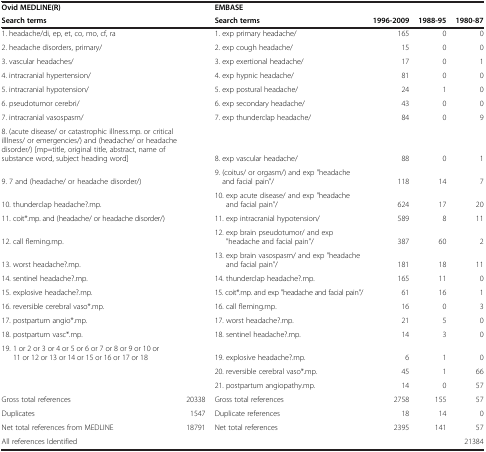
<table><thead><tr><td><b>Ovid MEDLINE(R)</b></td><td><b> </b></td><td><b>EMBASE</b></td><td><b> </b></td><td><b> </b></td><td><b> </b></td></tr><tr><td><b>Search terms</b></td><td><b> </b></td><td><b>Search terms</b></td><td><b>1996-2009</b></td><td><b>1988-95</b></td><td><b>1980-87</b></td></tr></thead><tbody><tr><td>1. headache/di, ep, et, co, mo, cf, ra</td><td> </td><td>1. exp primary headache/</td><td>165</td><td>0</td><td>0</td></tr><tr><td>2. headache disorders, primary/</td><td> </td><td>2. exp cough headache/</td><td>15</td><td>0</td><td>0</td></tr><tr><td>3. vascular headaches/</td><td> </td><td>3. exp exertional headache/</td><td>17</td><td>0</td><td>1</td></tr><tr><td>4. intracranial hypertension/</td><td> </td><td>4. exp hypnic headache/</td><td>81</td><td>0</td><td>0</td></tr><tr><td>5. intracranial hypotension/</td><td> </td><td>5. exp postural headache/</td><td>24</td><td>1</td><td>0</td></tr><tr><td>6. pseudotumor cerebri/</td><td> </td><td>6. exp secondary headache/</td><td>43</td><td>0</td><td>0</td></tr><tr><td>7. intracranial vasospasm/</td><td> </td><td>7. exp thunderclap headache/</td><td>84</td><td>0</td><td>9</td></tr><tr><td>8. (acute disease/ or catastrophic illness.mp. or critical illlness/ or emergencies/) and (headache/ or headache disorder/) [mp=title, original title, abstract, name of substance word, subject heading word]</td><td> </td><td>8. exp vascular headache/</td><td>88</td><td>0</td><td>1</td></tr><tr><td>9. 7 and (headache/ or headache disorder/)</td><td> </td><td>9. (coitus/ or orgasm/) and exp &quot;headache and facial pain&quot;/</td><td>118</td><td>14</td><td>7</td></tr><tr><td>10. thunderclap headache?.mp.</td><td> </td><td>10. exp acute disease/ and exp &quot;headache and facial pain&quot;/</td><td>624</td><td>17</td><td>20</td></tr><tr><td>11. coit*.mp. and (headache/ or headache disorder/)</td><td> </td><td>11. exp intracranial hypotension/</td><td>589</td><td>8</td><td>11</td></tr><tr><td>12. call fleming.mp.</td><td> </td><td>12. exp brain pseudotumor/ and exp &quot;headache and facial pain&quot;/</td><td>387</td><td>60</td><td>2</td></tr><tr><td>13. worst headache?.mp.</td><td> </td><td>13. exp brain vasospasm/ and exp &quot;headache and facial pain&quot;/</td><td>181</td><td>18</td><td>11</td></tr><tr><td>14. sentinel headache?.mp.</td><td> </td><td>14. thunderclap headache?.mp.</td><td>165</td><td>11</td><td>0</td></tr><tr><td>15. explosive headache?.mp.</td><td> </td><td>15. coit*.mp. and exp &quot;headache and facial pain&quot;/</td><td>61</td><td>16</td><td>1</td></tr><tr><td>16. reversible cerebral vaso*.mp.</td><td> </td><td>16. call fleming.mp.</td><td>16</td><td>0</td><td>3</td></tr><tr><td>17. postpartum angio*.mp.</td><td> </td><td>17. worst headache?.mp.</td><td>21</td><td>5</td><td>0</td></tr><tr><td>18. postpartum vasc*.mp.</td><td> </td><td>18. sentinel headache?.mp.</td><td>14</td><td>3</td><td>0</td></tr><tr><td>19. 1 or 2 or 3 or 4 or 5 or 6 or 7 or 8 or 9 or 10 or 11 or 12 or 13 or 14 or 15 or 16 or 17 or 18</td><td> </td><td>19. explosive headache?.mp.</td><td>6</td><td>1</td><td>0</td></tr><tr><td> </td><td> </td><td>20. reversible cerebral vaso*.mp.</td><td>45</td><td>1</td><td>66</td></tr><tr><td> </td><td> </td><td>21. postpartum angiopathy.mp.</td><td>14</td><td>0</td><td>57</td></tr><tr><td>Gross total references</td><td>20338</td><td>Gross total references</td><td>2758</td><td>155</td><td>57</td></tr><tr><td>Duplicates</td><td>1547</td><td>Duplicate references</td><td>18</td><td>14</td><td>0</td></tr><tr><td>Net total references from MEDLINE</td><td>18791</td><td>Net total references</td><td>2395</td><td>141</td><td>57</td></tr><tr><td>All references Identified</td><td> </td><td> </td><td> </td><td> </td><td>21384</td></tr></tbody></table>